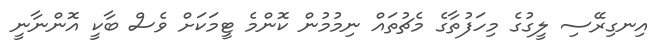
އިނގިރޭސި ލީގުގެ މިހަފުތާގެ މެޗުތައް ނިމުމުން ކޮންމެ ޓީމަކަށް ވެސް ބާކީ އޮންނާނީ